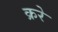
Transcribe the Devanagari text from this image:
क्ररे